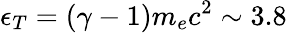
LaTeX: \epsilon_{T}=(\gamma-1)m_{e}c^{2}\sim 3.8